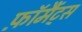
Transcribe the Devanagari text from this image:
फ़ॉर्मैट्स